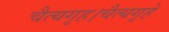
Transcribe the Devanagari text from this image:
चैत्यगृह।चैत्यगृहे